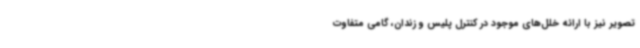
تصویر نیز با ارائه خلل‌های موجود در کنترل پلیس و زندان، گامی متفاوت